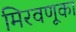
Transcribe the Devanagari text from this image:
मिरवणूका